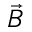
\vec { B }